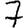
Digit: 7